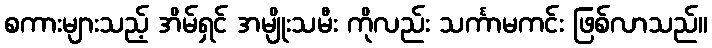
စကားများသည့် အိမ်ရှင် အမျိုးသမီး ကိုလည်း သင်္ကာမကင်း ဖြစ်လာသည်။